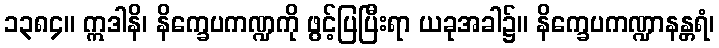
၁၃၈၄။ ဣဒါနိ၊ နိက္ခေပကဏ္ဍကို ဖွင့်ပြပြီးရာ ယခုအခါ၌။ နိက္ခေပကဏ္ဍာနန္တရံ၊